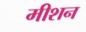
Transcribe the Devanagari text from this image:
मीशन